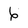
Character: 6